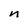
Character: n